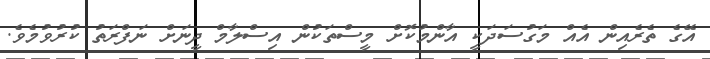
އޭގެ ތެރެއިން އެއް މަގުސަދަކީ އާންމުކޮށް މީސްތަކުން އިސްލާމް ދީނަށް ނަފްރަތު ކުރުވުމެވެ.